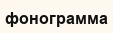
фонограмма